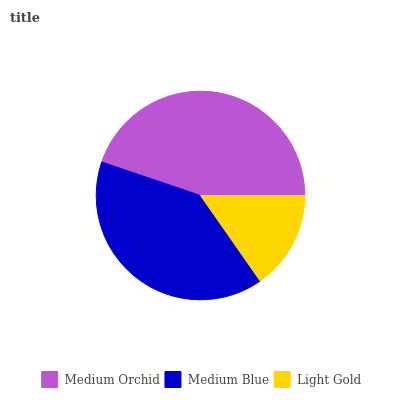
| Medium Orchid | Medium Blue | Light Gold |
 | --- | --- | --- |
 | 44.7% | 40% | 15.3% |